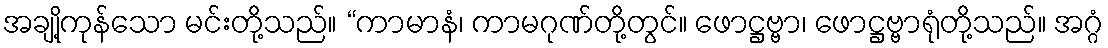
အချို့ကုန်သော မင်းတို့သည်။ “ကာမာနံ၊ ကာမဂုဏ်တို့တွင်။ ဖောဋ္ဌဗ္ဗာ၊ ဖောဋ္ဌဗ္ဗာရုံတို့သည်။ အဂ္ဂံ